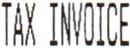
TAX INVOICE